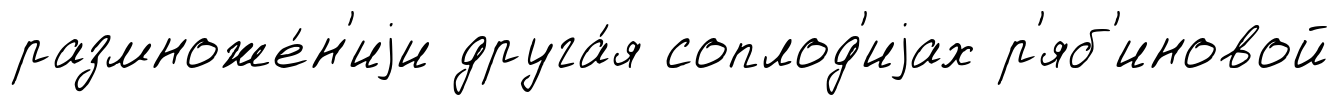
размноже́н'иjи друга́я соплод'иjах р'яб'иновой